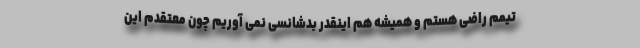
تیمم راضی هستم و همیشه هم اینقدر بدشانسی نمی آوریم چون معتقدم این